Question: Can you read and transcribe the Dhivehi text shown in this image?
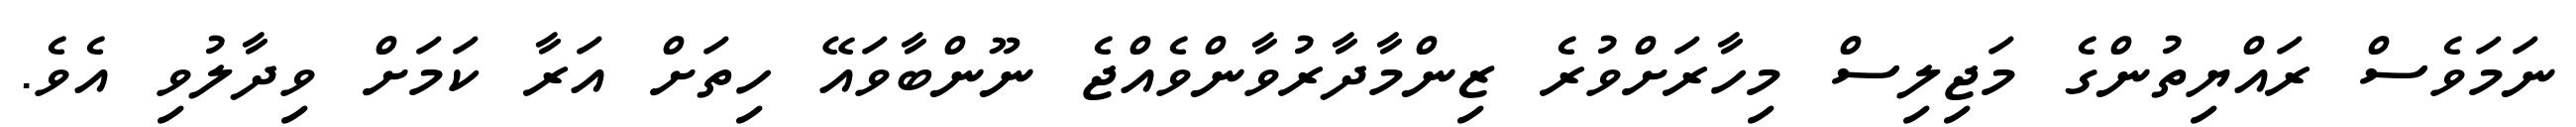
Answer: ނަމަވެސް ރައްޔިތުންގެ މަޖިލިސް މިހާރަށްވުރެ ޒިންމާދާރުވާންވެއްޖެ ނޫންބާވައޭ ހިތަށް އަރާ ކަމަށް ވިދާލުވި އެވެ.